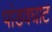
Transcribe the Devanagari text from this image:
पांडवघाट